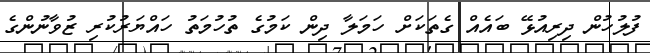
ފުލުހުން ދިރިއުޅޭ ބައެއް ގެތަކަށް ހަމަލާ ދިން ކަމުގެ ތުހުމަތު ހައްޔަރުކުރި ޒުވާނުންގެ